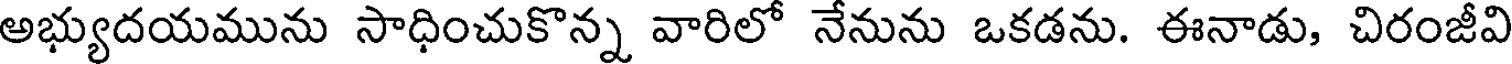
అభ్యుదయమును సాధించుకొన్న వారిలో నేనును ఒకడను. ఈనాడు, చిరంజీవి